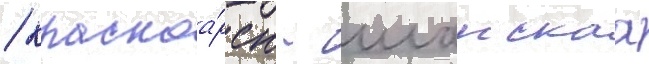
/ красноа́рск - иланскаа